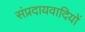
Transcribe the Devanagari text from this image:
संप्रदायवादियों